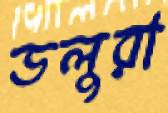
ডলুরা